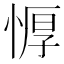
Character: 𰑱